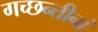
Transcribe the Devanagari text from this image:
गच्छन्तीनां